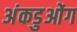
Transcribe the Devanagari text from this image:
अंकडुओंग